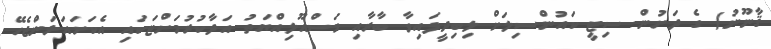
ޤާނޫނު) ގެ ދަށުން ސިޓީ ކައުންސިލަށް ލިބިދީފައިވާ ބާރާއި މަސްއޫލިއްޔަތު އަދާކުރުމަށްޓަކައި އެކަށައަޅަންޖެހޭ